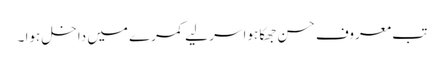
تب معروف حسن جھکا ہوا سر لیے کمرے میں داخل ہوا ۔